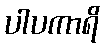
ပါပကာရိ